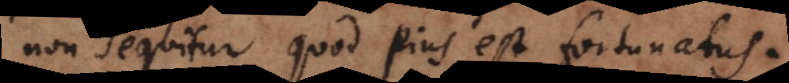
non sequitur quod pius est fortunatus.